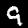
Label: 9